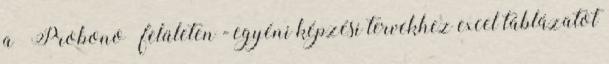
a „Probono” felületen - egyéni képzési tervekhez excel táblázatot